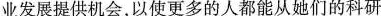
业发展提供机会，以使更多的人都能从她们的科研